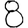
Digit: 8